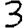
Digit: 3